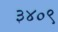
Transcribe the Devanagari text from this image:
३४०९